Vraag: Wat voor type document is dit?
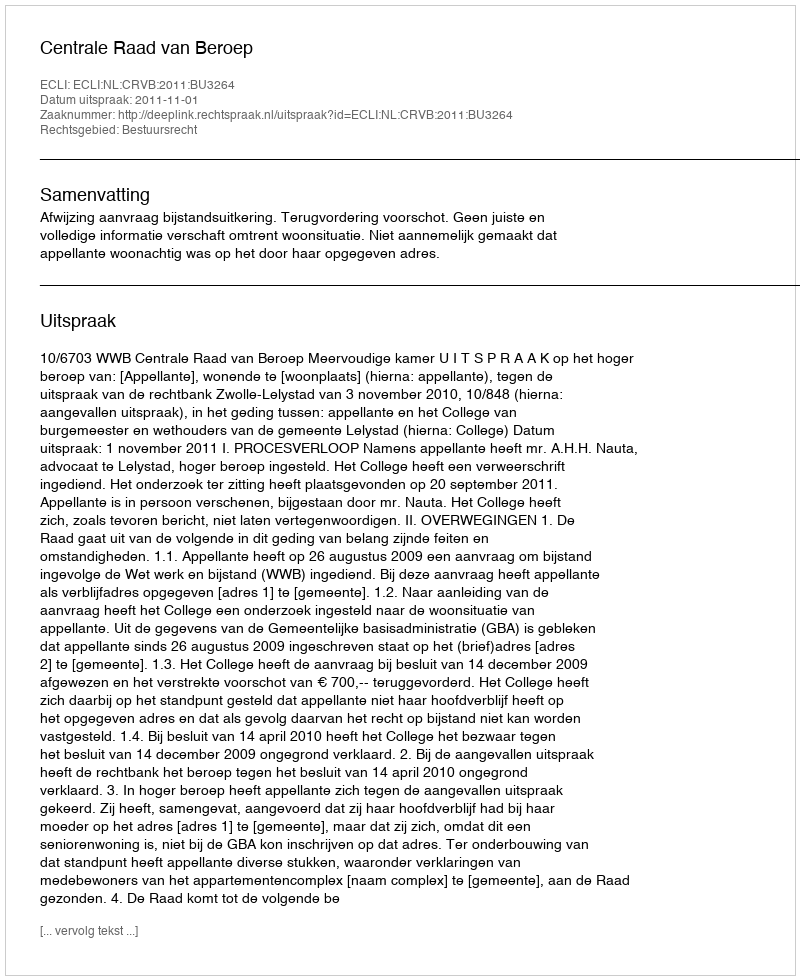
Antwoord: Uitspraak